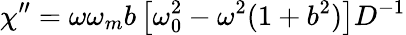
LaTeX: \chi^{\prime\prime}=\omega\omega_{m}b\left[\omega_{0}^{2}-\omega^{2}(1+b^{2})\right]D^{-1}